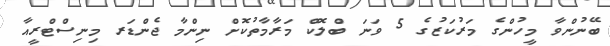
ބޭނުންވާ މީހުންގެ މަރުކަޒުގެ 5 ވަނަ ބްލޮކް މަރާމާތުކޮށް ނިންމާ ޖެންޑަރ މިނިސްޓްރީއާ